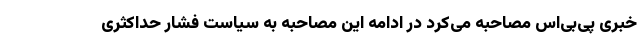
خبری پی‌بی‌اس مصاحبه می‌کرد در ادامه این مصاحبه به سیاست فشار حداکثری